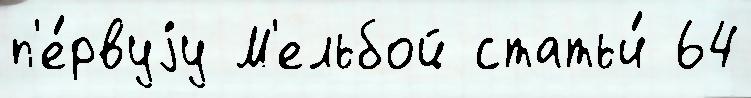
п'е́рвуjу М'ельбой статьи́ 64